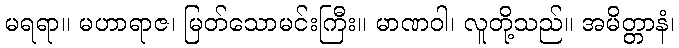
မရရာ။ မဟာရာဇ၊ မြတ်သောမင်းကြီး။ မာဏဝါ၊ လူတို့သည်။ အမိတ္တာနံ၊